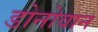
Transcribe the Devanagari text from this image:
डोनोवान